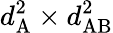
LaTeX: d_{\mathrm{A}}^{2}\times d_{\mathrm{AB}}^{2}